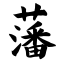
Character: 藩